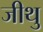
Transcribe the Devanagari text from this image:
जीथु